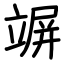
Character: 竮